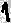
Text: 1